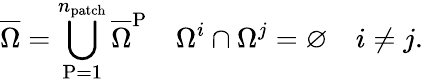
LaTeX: \overline{{\Omega}}=\bigcup_{\mathrm{{P}=1}}^{n_{\mathrm{{patch}}}}\overline{{\Omega}}^{\mathrm{{P}}}\quad\Omega^{i}\cap\Omega^{j}=\varnothing\quad i\neq j.